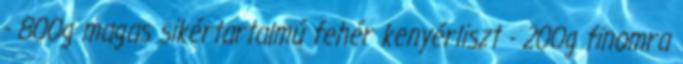
- 800g magas sikértartalmú fehér kenyérliszt - 200g finomra